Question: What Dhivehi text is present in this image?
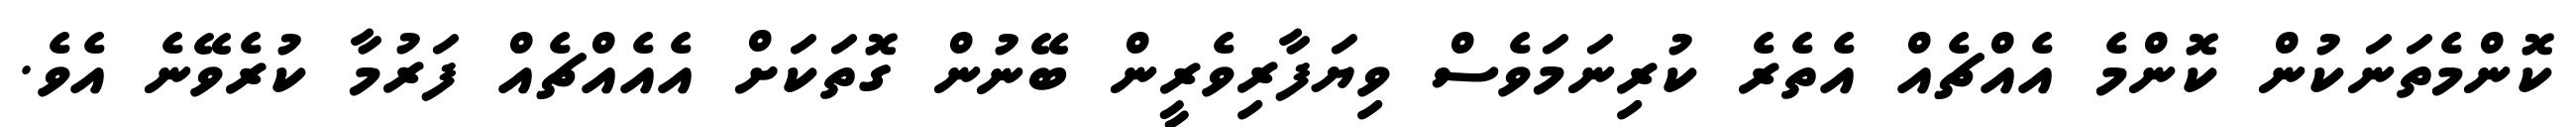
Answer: ކޮންމެތަނަކުން ކޮންމެ އެއްޗެއް އެތެރެ ކުރިނަމަވެސް ވިޔަފާރިވެރީން ބޭނުން ގޮތަކަށް އެއެއްޗެއް ފަރުމާ ކުރެވޭނެ އެވެ.